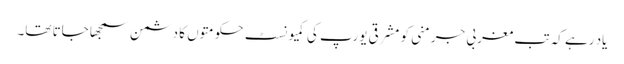
یاد رہے کہ تب مغربی جرمنی کو مشرقی یورپ کی کمیونسٹ حکومتوں کا دشمن سمجھا جاتا تھا۔